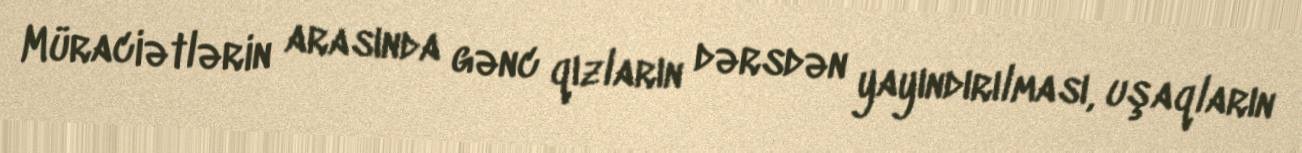
Müraciətlərin arasında gənc qızların dərsdən yayındırılması, uşaqların